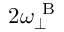
2 \omega _ { \perp } ^ { \mathrm { ~ B ~ } }